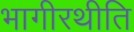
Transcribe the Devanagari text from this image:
भागीरथीति